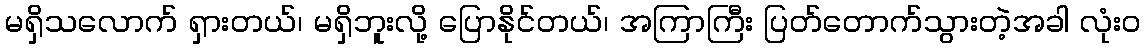
မရှိသလောက် ရှားတယ်၊ မရှိဘူးလို့ ပြောနိုင်တယ်၊ အကြာကြီး ပြတ်တောက်သွားတဲ့အခါ လုံးဝ